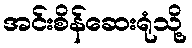
အင်းစိန်ဆေးရုံသို့